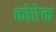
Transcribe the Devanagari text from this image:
कोरेक